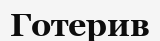
Готерив